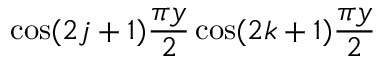
\cos ( 2 j + 1 ) { \frac { \pi y } { 2 } } \cos ( 2 k + 1 ) { \frac { \pi y } { 2 } }